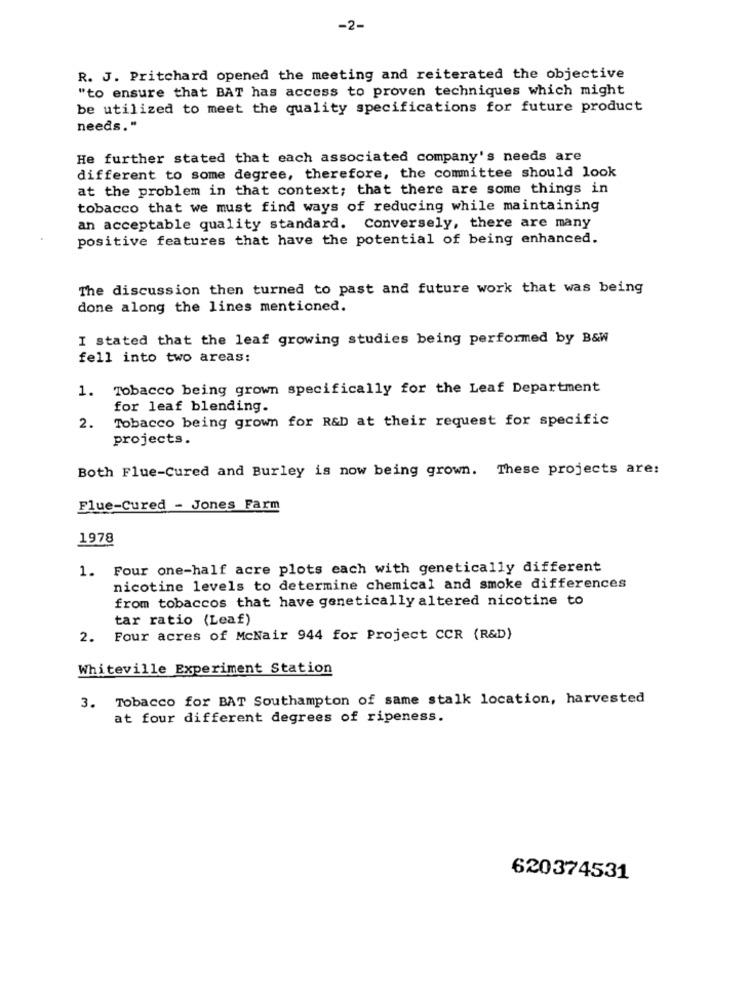
-2-
R. J. Pritchard opened the meeting and reiterated the objective
"to ensure that BAT has access to proven techniques which might
be utilized to meet the quality specifications for future product
needs."
He further stated that each associated company's needs are
different to some degree, therefore, the committee should look
at the problem in that context; that there are some things in
tobacco that we must find ways of reducing while maintaining
an acceptable quality standard. Conversely, there are many
positive features that have the potential of being enhanced.
The discussion then turned to past and future work that was being
done along the lines mentioned.
I stated that the leaf growing studies being performed by B&W
fell into two areas:
Tobacco being grown specifically for the Leaf Department
1.
for leaf blending.
Tobacco being grown for R&D at their request for specific
2.
projects.
Both Flue-Cured and Burley is now being grown. These projects are:
Flue-Cured - Jones Farm
1978
1. Four one-half acre plots each with genetically different
nicotine levels to determine chemical and smoke differences
from tobaccos that have genetically altered nicotine to
tar ratio (Leaf)
2. Four acres of McNair 944 for Project CCR (R&D)
Whiteville Experiment Station
3. Tobacco for BAT Southampton of same stalk location, harvested
at four different degrees of ripeness.
620374531